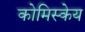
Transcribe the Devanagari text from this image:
कोमिस्केय